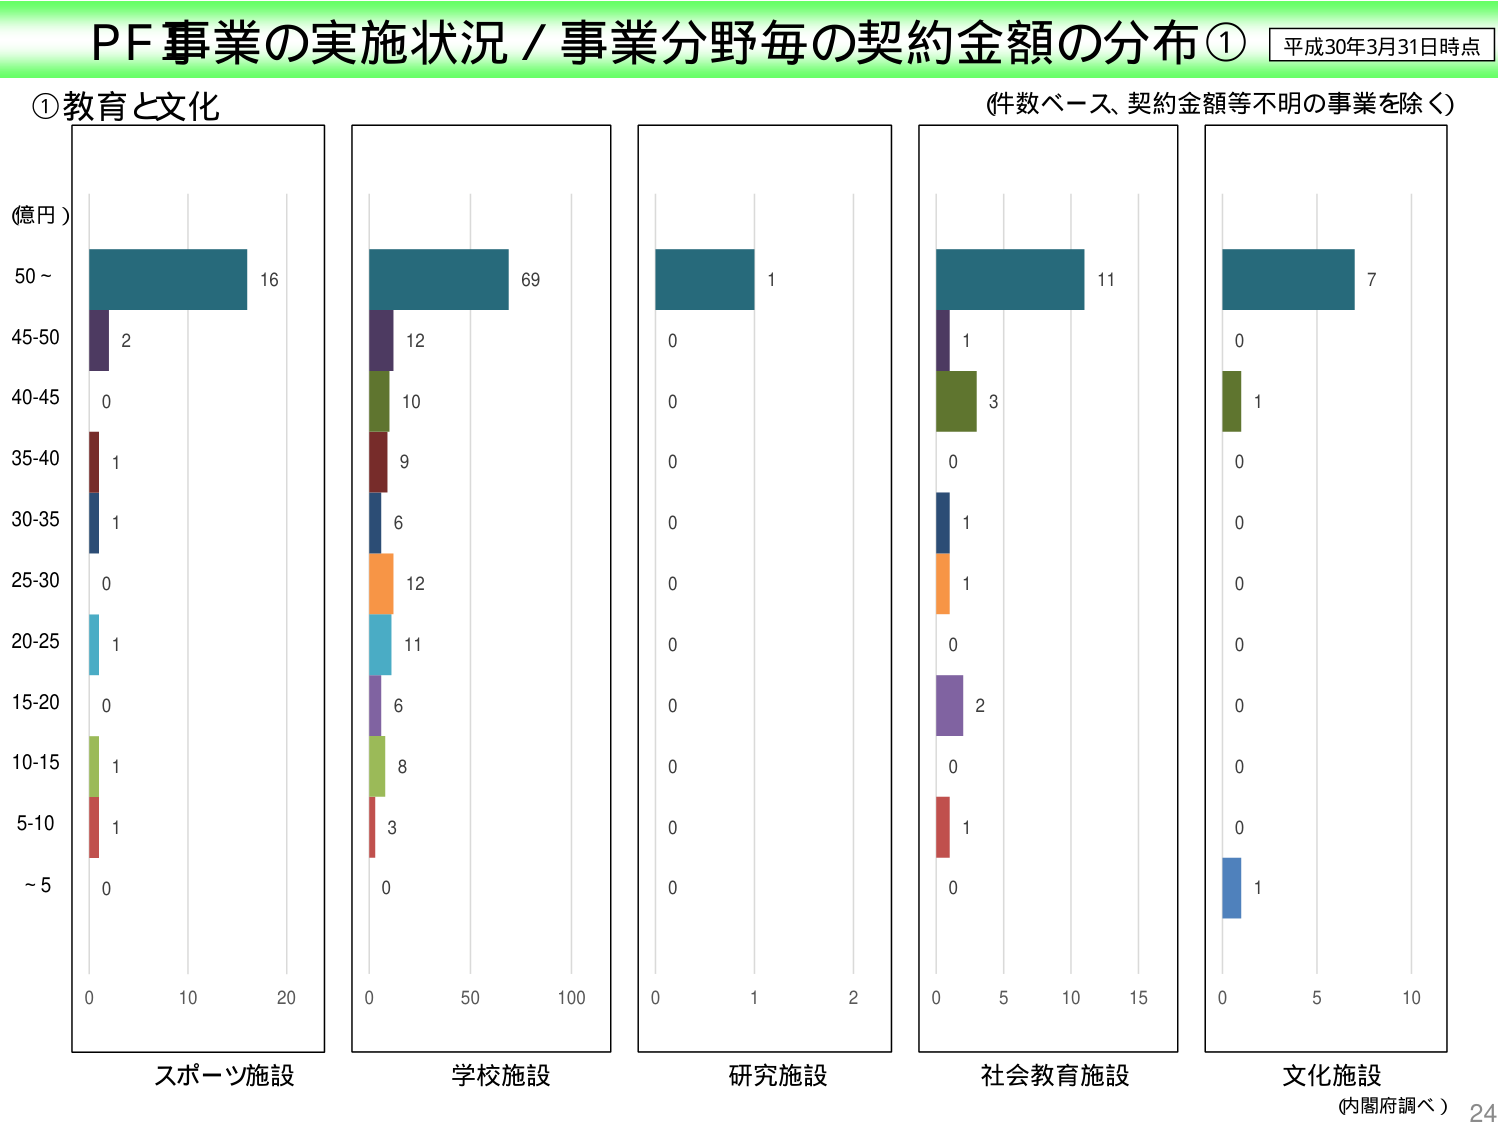
PF事業の実施状況／事業分野毎の契約金額の分布① 平成30年3月31日時点
①教育と文化 (件数ベース、契約金額等不明の事業を除く)
(億円)
50～ 16
45-50 2
40-45 0
35-40 1
30-35 1
25-30 0
20-25 1
15-20 0
10-15 1
5-10 1
～5 0
0 10 20
スポーツ施設
69
12
10
9
6
12
11
6
8
3
0
0 50 100
学校施設
1
0
0
0
0
0
0
0
0
0
0
0 1 2
研究施設
11
1
3
0
1
1
0
2
0
1
0
0 5 10 15
社会教育施設
7
0
1
0
0
0
0
0
0
0
1
0 5 10
文化施設
(内閣府調べ) 24